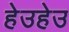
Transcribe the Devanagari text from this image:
हेउहेउ